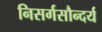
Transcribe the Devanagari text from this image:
निसर्गसौन्दर्य